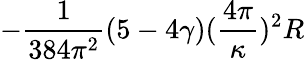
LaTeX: -\frac{1}{384\pi^{2}}(5-4\gamma)(\frac{4\pi}{\kappa})^{2}R